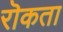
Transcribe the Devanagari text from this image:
रॊकता